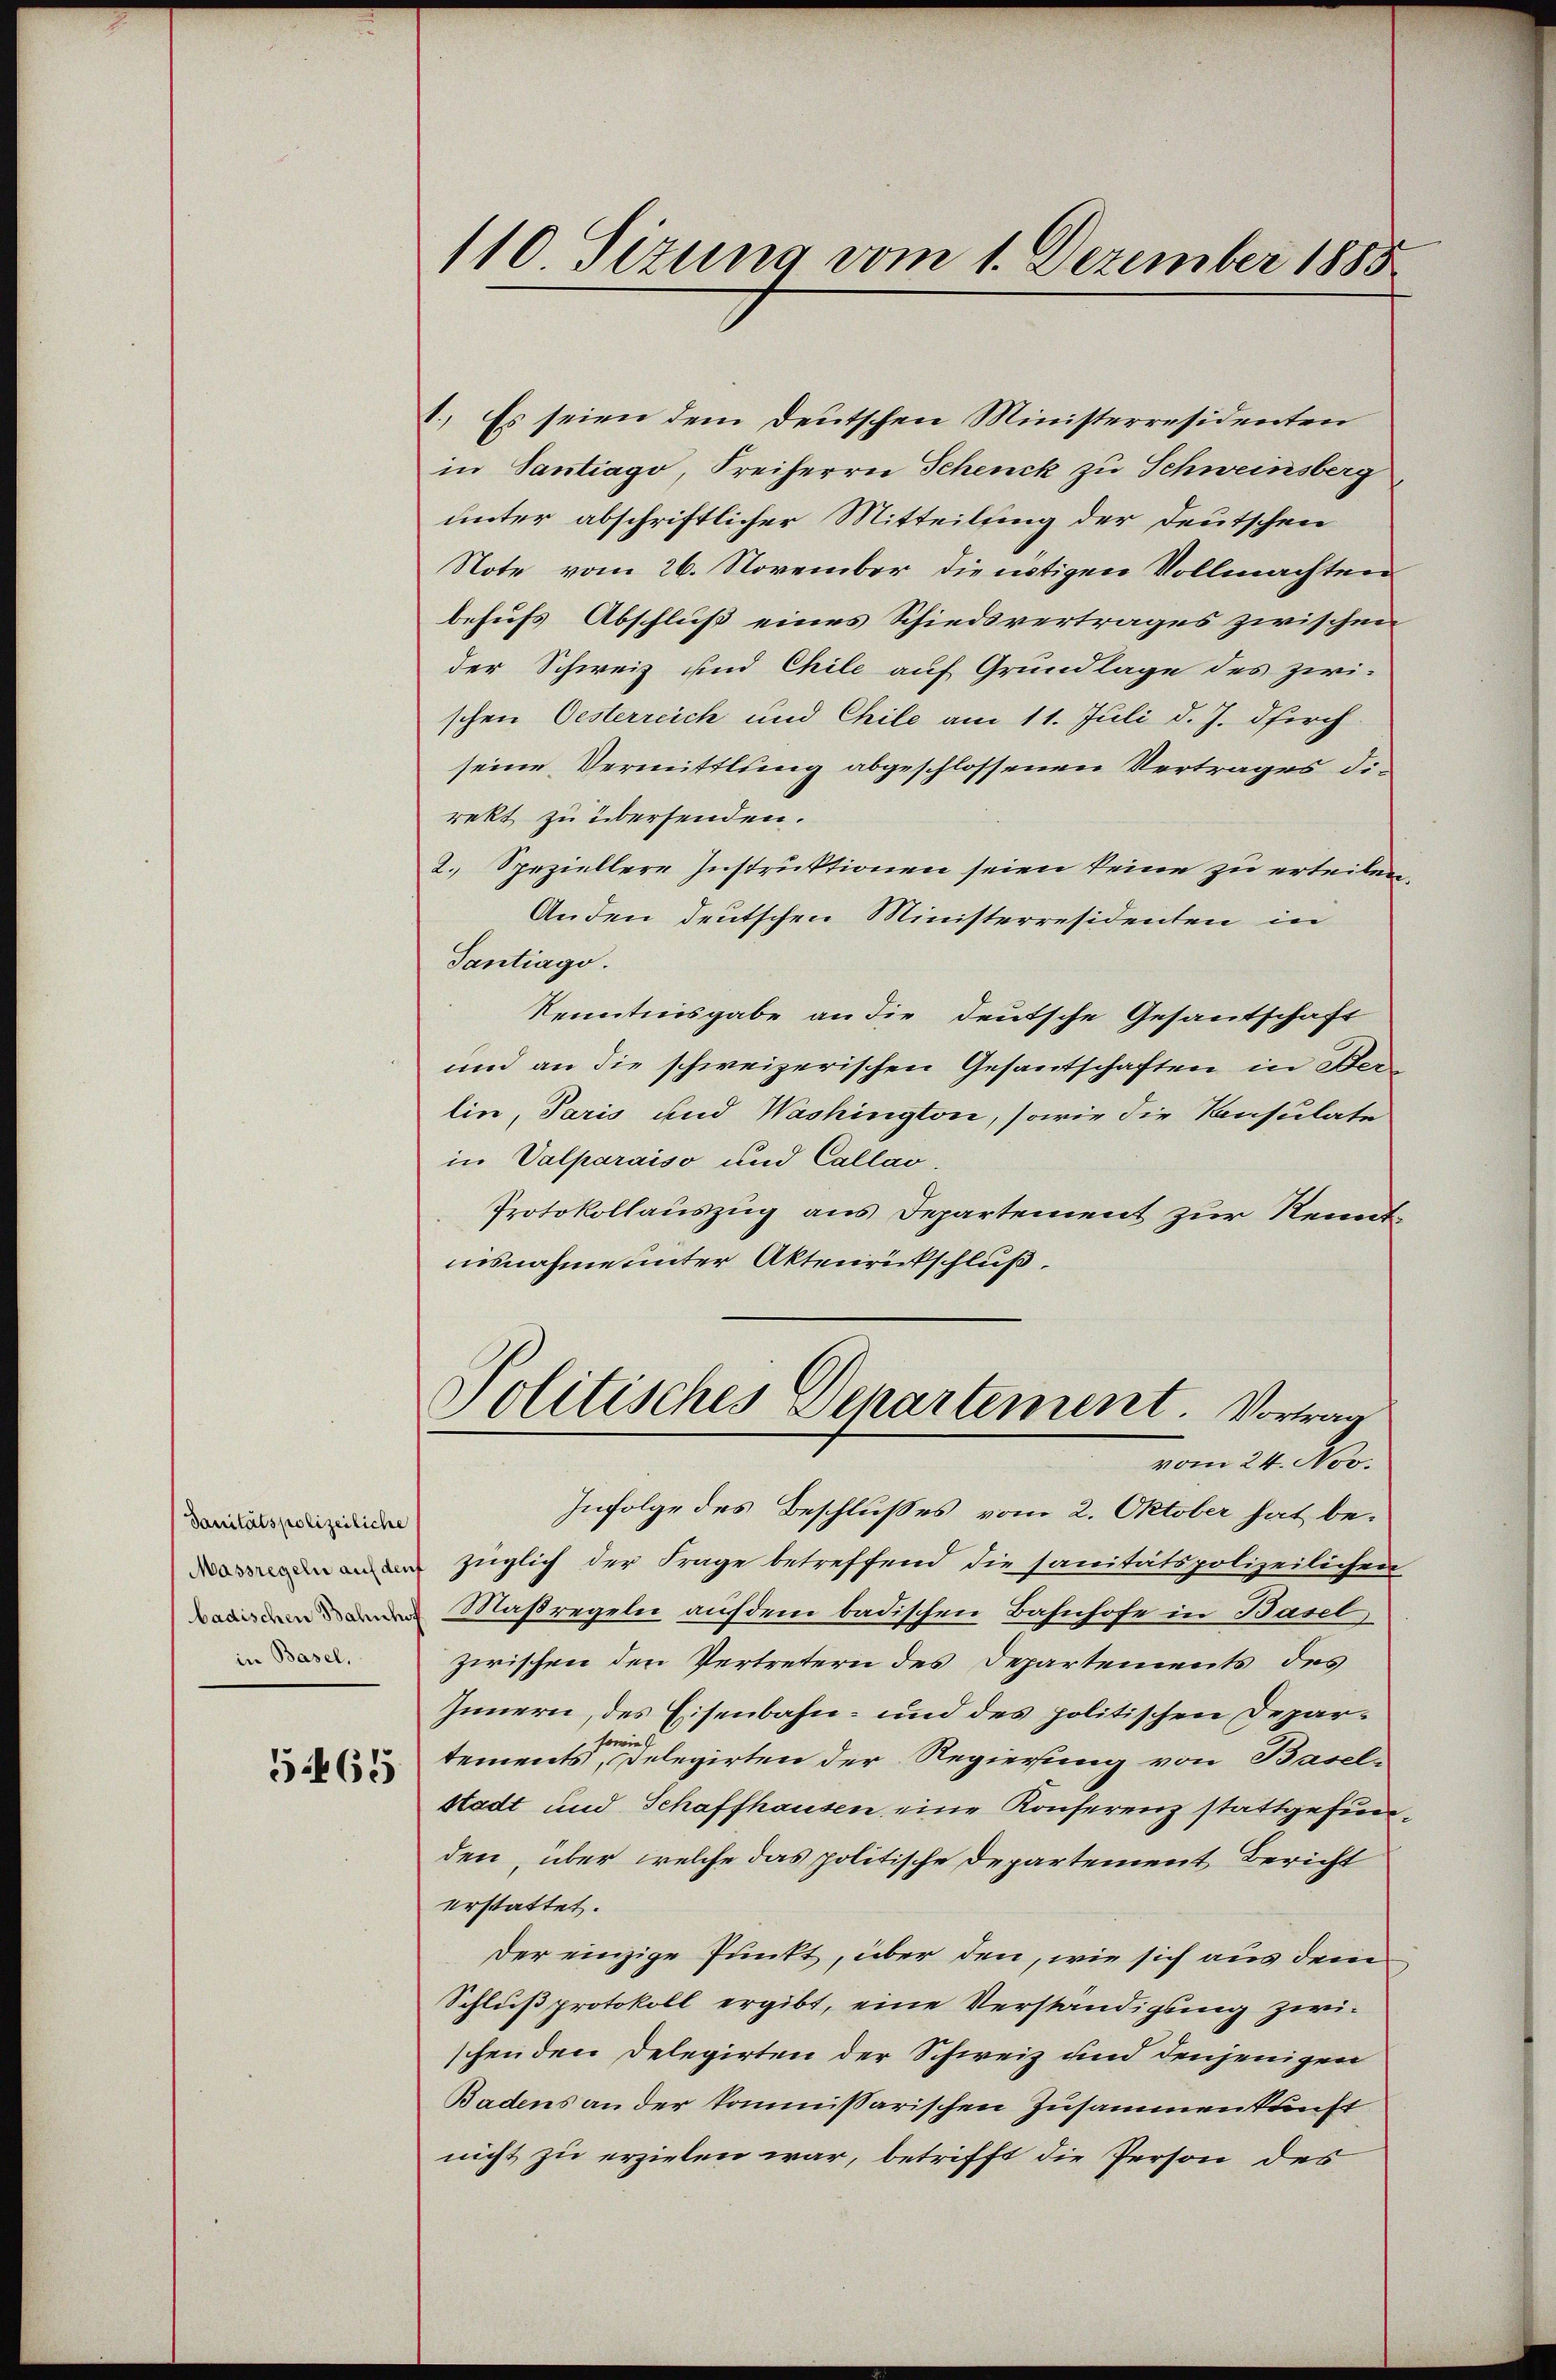
Sanitätspolizeiliche
in Basel,

5465

110 Sizung vom 1. Dezember 1885

1.) Es seien dem Deutschen Ministerresidenten
in Santrago, Freiherrn Schenck zu Schweinsberg
unter abschriftlicher Mitteilung der Deutschen
Note vom 26. November die nötigen Vollmachten
behufs Abschluß eines Schiedsvertrages zwischen
der Schweiz und Chile auf Grundlage des zwi-
schen Oesterreich und Chile am 11. Juli d. J. durch
seine Vermittlung abgeschlossenen Vertrages direkt zu übersenden.
2. Speziellere Instruktionen seien keine zu erteilen,
Anden deutschen Ministerresidenten in
Tantiago.
Kenntnisgabe an die deutsche Gesantschaft
und an die schweizerischen Gesantschaften in Berlin, Paris und Washington, sowie die Konsulate
in Valparaiso und Callao.
Protokollauszug aus Departement zur Kenntnisnahme unter Aktenrütschluß.
Politisches Departement. Vortrag
vom 24. Nov.
Infolge des Beschlußes vom 2. Oktober hat bezüglich der Frage betreffend die sanitätspolizeilichen
Maßregeln auf dem badischen Bahnhofe in Basel
zwischen den Vertretern des Departements des
Innern, des Eisenbahn- und des politischen Depar¬
sowie
tements, Delegirten der Regierung von Basel-
stadt und Schaffhausen, eine Konferenz stattgefunden, über welche das politische Departement Bericht
erstattet.
der einzige Punkt, über den, wie sich aus dem
Schluß protokoll ergibt, eine Verständigung zwischenden Delegirten der Schweiz und denjenigen
Badens an der kommissarischen Zusammenkunft
nicht zu erzielen war, betrifft die Person des